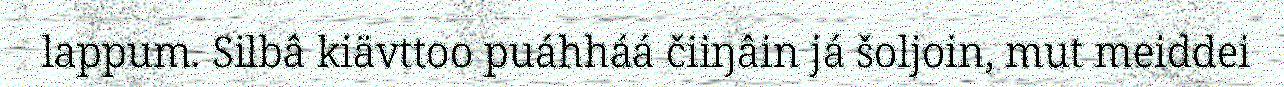
lappum. Silbâ kiävttoo puáhháá čiiŋâin já šoljoin, mut meiddei